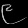
Digit: ၉